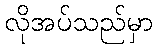
လိုအပ်သည်မှာ